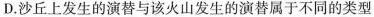
D. 沙丘上发生的演替与该火山发生的演替属于不同的类型